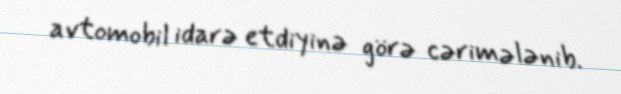
avtomobil idarə etdiyinə görə cərimələnib.